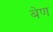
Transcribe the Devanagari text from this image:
बेण